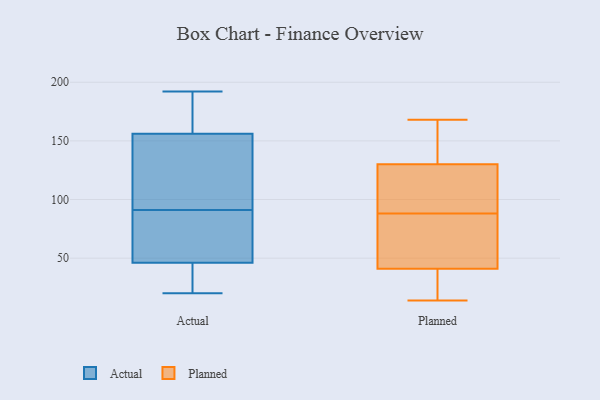
{"axis": {"x": "Active Users", "y": "Value"}, "legend": ["Actual", "Planned"], "data": [{"x": "", "y": 166, "type": "Actual"}, {"x": "", "y": 192, "type": "Actual"}, {"x": "", "y": 96, "type": "Actual"}, {"x": "", "y": 23, "type": "Actual"}, {"x": "", "y": 156, "type": "Actual"}, {"x": "", "y": 98, "type": "Actual"}, {"x": "", "y": 86, "type": "Actual"}, {"x": "", "y": 45, "type": "Actual"}, {"x": "", "y": 115, "type": "Actual"}, {"x": "", "y": 46, "type": "Actual"}, {"x": "", "y": 83, "type": "Actual"}, {"x": "", "y": 171, "type": "Actual"}, {"x": "", "y": 64, "type": "Actual"}, {"x": "", "y": 20, "type": "Actual"}, {"x": "", "y": 44, "type": "Planned"}, {"x": "", "y": 168, "type": "Planned"}, {"x": "", "y": 154, "type": "Planned"}, {"x": "", "y": 114, "type": "Planned"}, {"x": "", "y": 117, "type": "Planned"}, {"x": "", "y": 14, "type": "Planned"}, {"x": "", "y": 106, "type": "Planned"}, {"x": "", "y": 40, "type": "Planned"}, {"x": "", "y": 42, "type": "Planned"}, {"x": "", "y": 37, "type": "Planned"}, {"x": "", "y": 70, "type": "Planned"}, {"x": "", "y": 143, "type": "Planned"}]}